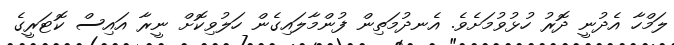
ލަމްހާ އެދުނީ ދޮރު ހުޅުވުމަށެވެ. އެނދުމަތިން ފުންމާލައިގެން ހަލުވިކޮށް ނީރާ އައިސް ކޮޓަރީގެ